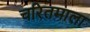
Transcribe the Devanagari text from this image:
चरितमाला